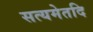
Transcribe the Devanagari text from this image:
सत्यमेतदि